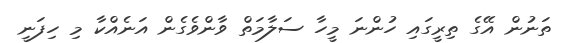
ތަނުން އޭގެ ތިރީގައި ހުންނަ މީހާ ސަލާމަތް ވާންވެގެން އަނެއްކާ މި ހިފަނީ